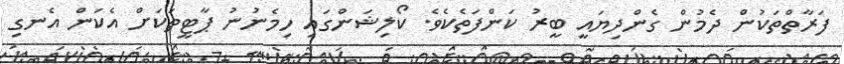
ފަރާތްތަކުން ދެމުން ގެންދިޔައީ ބީރު ކަންފަތެކެވެ. ކޯލިޝަންގައި ހިމެނުނު ޕާޓީތަކަށް އެކަން އެނގި